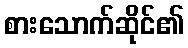
စားသောက်ဆိုင်၏